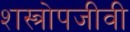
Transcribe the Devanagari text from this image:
शस्त्रोपजीवी